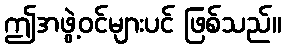
ဤအဖွဲ့ဝင်များပင် ဖြစ်သည်။